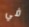
في